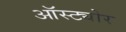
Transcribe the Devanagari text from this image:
ऑस्ट्योर